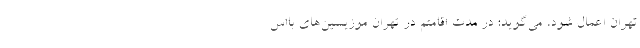
تهران اعمال شود، می‌گوید: در مدت اقامتم در تهران موزیسین‌های بااس